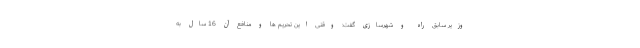
وزیر سابق راه و شهرسازی گفت: وقتی این تحریم ها و منافع آن 16 سال به